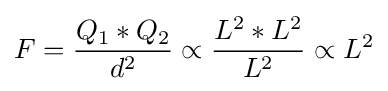
F={{Q_{1}*Q_{2}} \over d^{2}}\propto {{L^{2}*L^{2}} \over L^{2}}\propto L^{2}